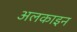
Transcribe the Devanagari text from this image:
अलकाइन